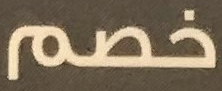
خصم